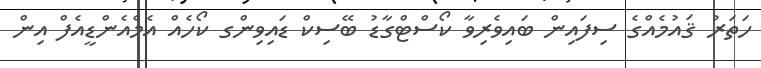
ހަތަރު ޤައުމެއްގެ ސިފައިން ބައިވެރިވާ ކޯސްޓްގާޑު ބޭސިކް ޑައިވިންގ ކޯހެއް އެމްއެންޑީއެފް އިން